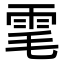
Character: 雮